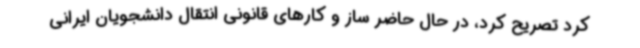
کرد تصریح کرد، در حال حاضر ساز و کارهای قانونی انتقال دانشجویان ایرانی